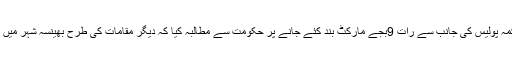
ریاستی صدر ویلفیر پارٹی نے بھینسہ شہر میں محکمہ پولیس کی جانب سے رات 9بجے مارکٹ بند کئے جانے پر حکومت سے مطالبہ کیا کہ دیگر مقامات کی طرح بھینسہ شہر میں کے مارکٹ کو وقف دیا جائے اور جلد بند کروائے ۔